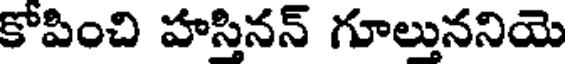
కోపించి హస్తినన్ గూల్తుననియె